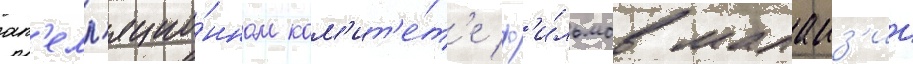
ап'елл'яцио́нном ком'ит'е́т'е ф'и́льмов малаиз'ии